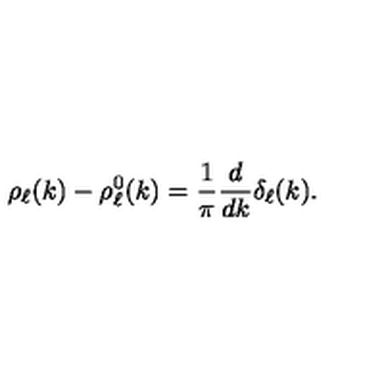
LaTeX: \rho _ { \ell } ( k ) - \rho _ { \ell } ^ { 0 } ( k ) = \frac { 1 } { \pi } \frac { d } { d k } \delta _ { \ell } ( k ) .